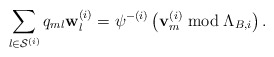
\begin{align*}\sum_{l\in\mathcal{S}^{\left(i\right)}}q_{ml}\mathbf{w}_{l}^{\left(i\right)}=\psi^{-\left(i\right)}\left(\mathbf{v}_{m}^{\left(i\right)}\bmod\Lambda_{B,i}\right).\end{align*}